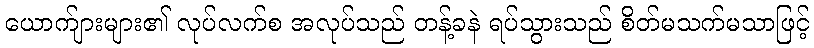
ယောက်ျားများ၏ လုပ်လက်စ အလုပ်သည် တန့်ခနဲ ရပ်သွားသည် စိတ်မသက်မသာဖြင့်